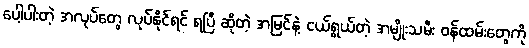
ပေါ့ပါးတဲ့ အလုပ်တွေ လုပ်နိုင်ရင် ရပြီ ဆိုတဲ့ အမြင်နဲ့ ငယ်ရွယ်တဲ့ အမျိုးသမီး ဝန်ထမ်းတွေကို